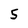
Character: 5